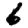
Digit: 6